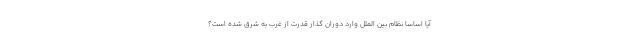
آیا اساسا نظام بین الملل وارد دوران گذارِ قدرت از غرب به شرق شده است؟